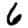
Digit: 6